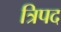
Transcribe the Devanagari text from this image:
त्रिपद